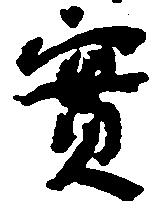
実